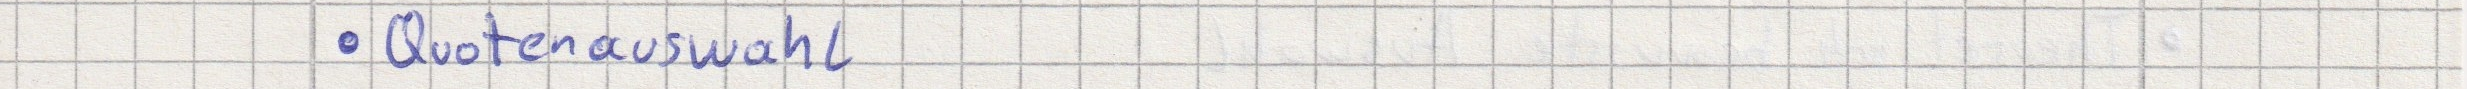
Quotenauswahl